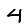
Digit: 4